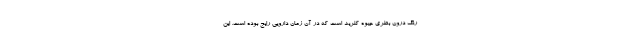
رنگ درون بطری جیوه کلرید است که در آن زمان دارویی رایج بوده است. این